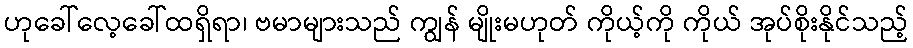
ဟုခေါ်လေ့ခေါ်ထရှိရာ၊ ဗမာများသည် ကျွန် မျိုးမဟုတ် ကိုယ့်ကို ကိုယ် အုပ်စိုးနိုင်သည့်